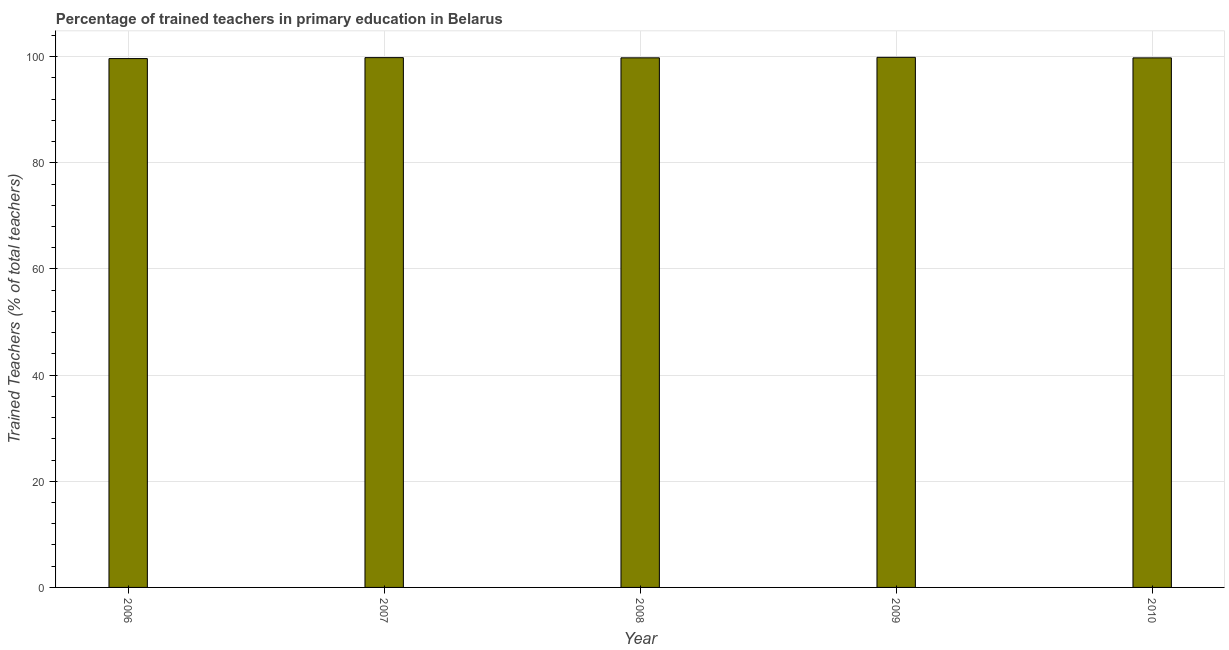
| Year | Trained teacher |
 | --- | --- |
 | 2006 | 99.6 |
 | 2007 | 99.8 |
 | 2008 | 99.8 |
 | 2009 | 99.9 |
 | 2010 | 99.8 |